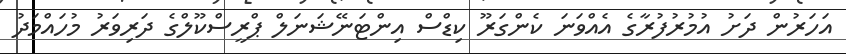
އަހަރުން ދަށު އުމުރުފުރާގެ އެއްވަނަ ކެންގަރޫ ކިޑްސް އިންޓަނޭޝަނަލް ޕްރީސްކޫލްގެ ދަރިވަރު މުހައްމަދު